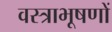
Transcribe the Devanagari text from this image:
वस्‍त्राभूषणों